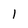
Character: 1